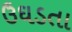
ઉઘડતા